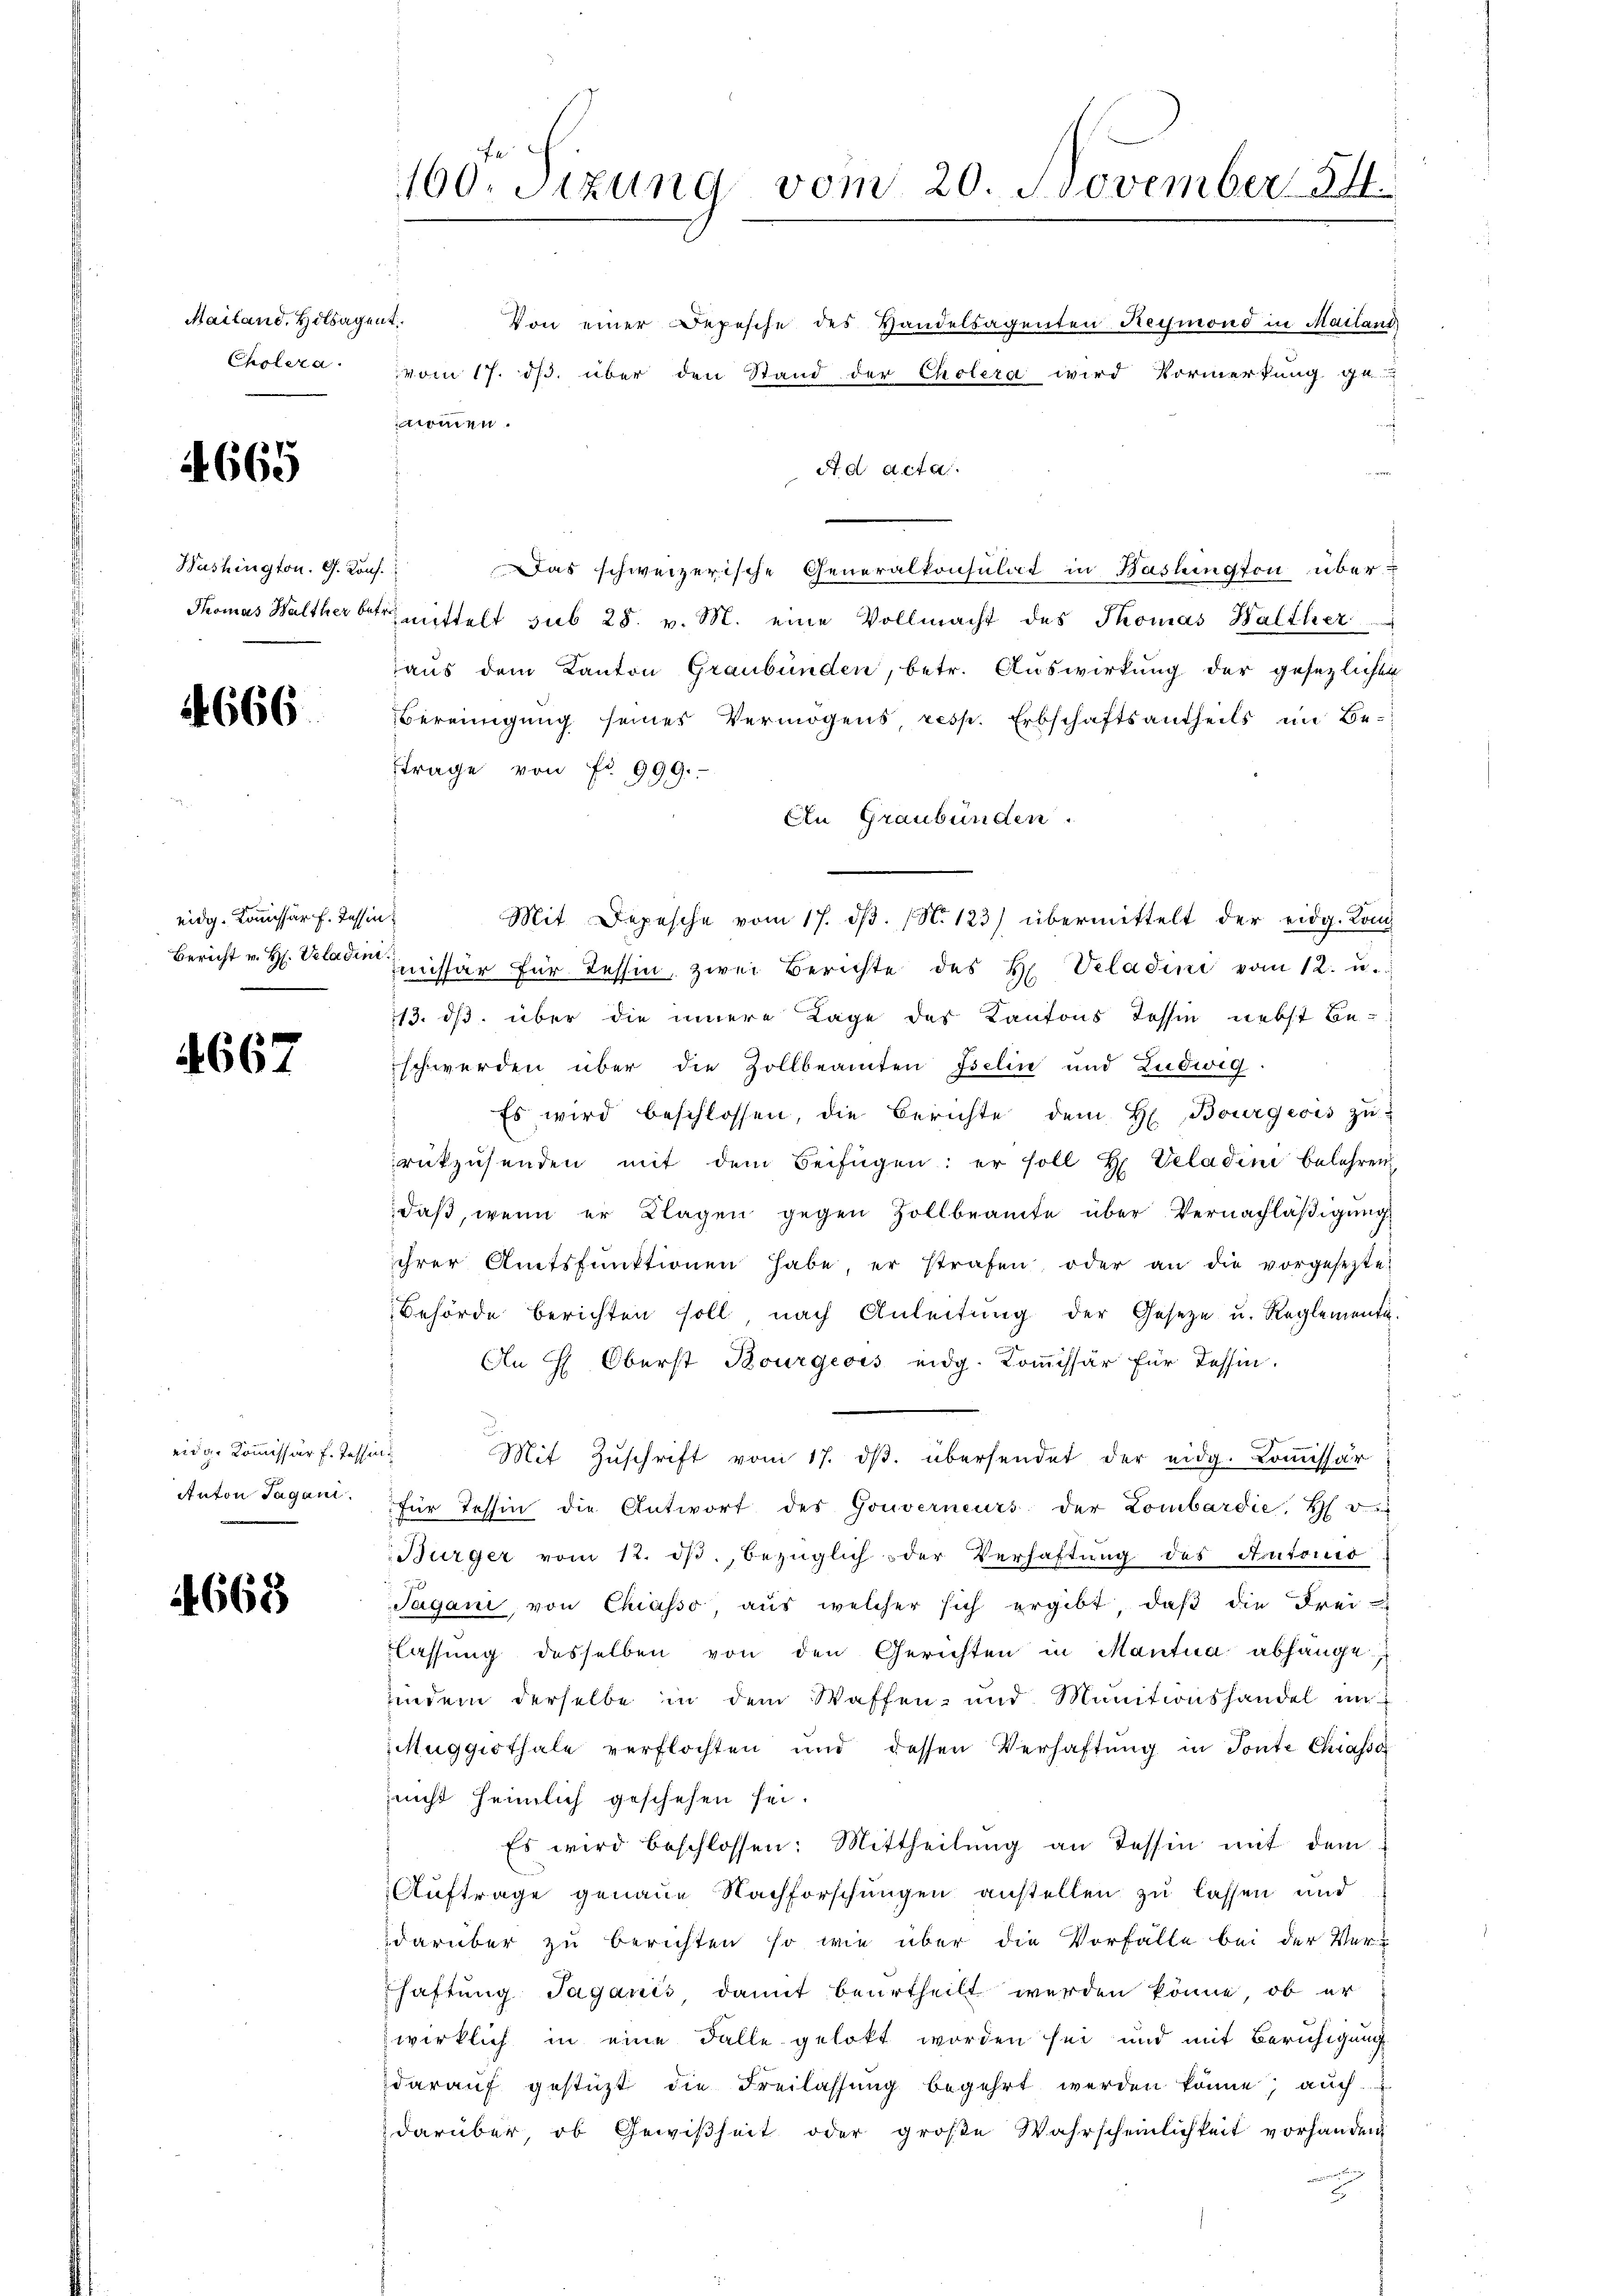
Mailand, Holsagent
Cholera.

4665

Washington. G. Konf

4666

eidg. Kommissär f. Tessin
Bericht v. H. Valadin

4667

eidg. Kommissär f. Tess
Anton Tagani

4668

160. Sizung vom 20. November 1854.

Von einer epesche des Handelsagenten Reymond in Mailand,
vom 17. ds. über den Stand der Cholera wird Vormerkung ga
f
nommen.
A d acta.
.
Das schweizerische Generalkonsulat in Bashington über-
Thomas Walther betr. mittelt sub 28. v. M. eine Vollmacht des Thomas Balther
aus dem Kanton Graubünden, betr. Auswirkung der gesezlichen
Bereinigung seiner Vermögens resp. Erbschaftsantheils im Betrage von Fr. 999.
An Graubünden.
Mit Depesche vom 17. dβ. (N. 123) übermittelt der eidg. Kom-
2
Imissär für Tessin, zwei Berichte des H. Veladini vom 12. u.
113. ds. über die innere Lage des Kantons Tessin nebst Be-
schwerden über die Zollbeamten Iselin und Ludwig.
Es wird beschlossen, die Berichte dem H. Bourgeois zŭ
rükzusenden mit dem Beifügen: er soll h. Veladini belehren
daß, wenn er Klagen gegen Zollbeamte über Vernachläßigung
ihrer Amtsfunktionen habe, er strafen oder an die vorgesezte
Behörde berichten soll nach Anleitŭng der Geseze u. Reglementi-
An H. Oberst Bourgeois eidg. Kommissär für Tessin.
i
Mit Zŭschrift vom 17. dβ. übersendet der eidg. Kommissär
für Tessin die Antwort des Gouverneurs der Lombardie, H. v.
Bürger vom 12. dβ. bezüglich oder Verhaftung des Autonio
Jagani, von Chiasso, aus welcher sich ergibt, daß die Frei-
lassŭng desselben von den Gerichten in Mantua abhänge
indem derselbe in dem Waffen und Munitionshandel un
Muggithale verflochten und dessen Verhaftung in Tonte Chiassa
nicht heimlich geschehen sei.
Es wird beschlossen: Mittheilung an Tessin mit dem
Auftrage genaue Nachforschungen anstellen zu lassen und
darüber zu berichten, so wie über die Vorfälle bei der Verhaftung Jaganis, damit beurtheilt werden könne, ob er
wirklich in eine Falle gelobt worden sei und mit Beruhigung
daraŭf gestüzt die Freilassŭng begehrt werden könne, auch
 darüber, ob Gewißheit oder groβe Wahrscheinlichkeit vorhanden